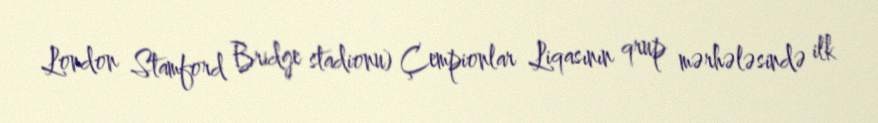
London Stamford Bridge stadionu) Çempionlar Liqasının qrup mərhələsində ilk